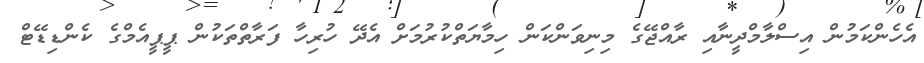
އެހެންކަމުން އިސްލާމްދީނާއި ރާއްޖޭގެ މިނިވަންކަން ހިމާޔަތްކުރުމަށް އެދޭ ހުރިހާ ފަރާތްތަކުން ޕީޕީއެމްގެ ކެންޑިޑޭޓް